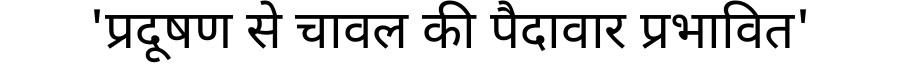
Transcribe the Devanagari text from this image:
'प्रदूषण से चावल की पैदावार प्रभावित'